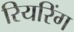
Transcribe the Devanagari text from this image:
रियरिंग